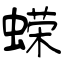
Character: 蝾